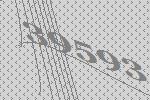
39593